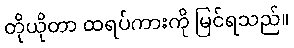
တိုယိုတာ ထရပ်ကားကို မြင်ရသည်။